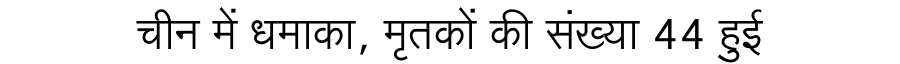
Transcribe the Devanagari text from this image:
चीन में धमाका, मृतकों की संख्या 44 हुई